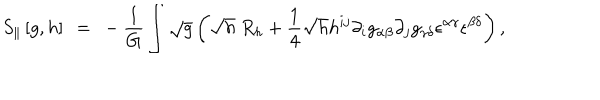
S _ { \| } \left[ g , h \right] ~ = ~ - { \frac { 1 } { G } } \int \sqrt g \left( \sqrt h ~ R _ { h } + { \frac { 1 } { 4 } } \sqrt h h ^ { i j } \partial _ { i } g _ { \alpha \beta } \partial _ { j } g _ { \gamma \delta } { \epsilon } ^ { \alpha \gamma } { \epsilon } ^ { \beta \delta } \right) ,